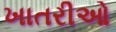
ખાતરીઓ